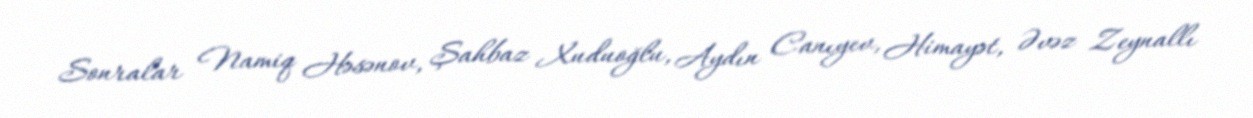
Sonralar Namiq Həsənov, Şahbaz Xuduoğlu, Aydın Canıyev, Himayət, Əvəz Zeynallı